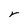
Character: r